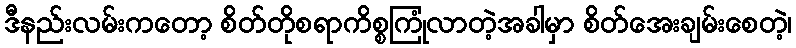
ဒီနည်းလမ်းကတော့ စိတ်တိုစရာကိစ္စကြုံလာတဲ့အခါမှာ စိတ်အေးချမ်းစေတဲ့၊